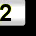
Digit: 2